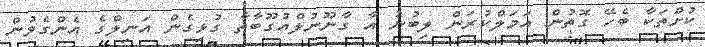
ކުށްތަކާ ބެހޭ ގޮތުން އަމަލްކުރަން ލިބުނު އާ ގާނޫނުލްއުގޫބާތާ ގުޅިގެން އަނިލްގެ އެންގެވުން